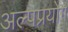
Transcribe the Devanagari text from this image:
अल्पप्रयोग